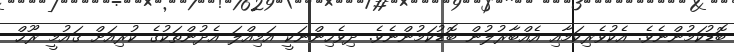
ބޮޑުކަމުންނެވެ. އެކުވެރިކަމާއި އެއްބާރުލުން ބޮޑުކަމުންނެވެ. ދިވެހިންނަކީ އަމިއްލަ އެދުންތަކުގެ ކުރިއަށް ޤައުމީ ރޫޙް